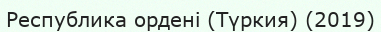
Республика ордені (Түркия) (2019)